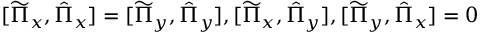
[ \widetilde { \Pi } _ { x } , \hat { \Pi } _ { x } ] = [ \widetilde { \Pi } _ { y } , \hat { \Pi } _ { y } ] , [ \widetilde { \Pi } _ { x } , \hat { \Pi } _ { y } ] , [ \widetilde { \Pi } _ { y } , \hat { \Pi } _ { x } ] = 0